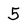
Character: 5